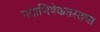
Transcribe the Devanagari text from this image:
गताभिषेकतस्तथा